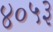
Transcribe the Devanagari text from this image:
४०५३